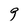
Character: 9